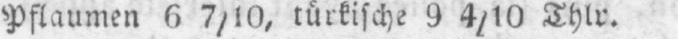
Pflaumen 6 7/10, türkische 9 4/10 Thlr.